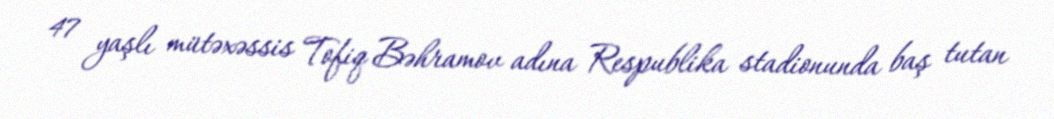
47 yaşlı mütəxəssis Tofiq Bəhramov adına Respublika stadionunda baş tutan